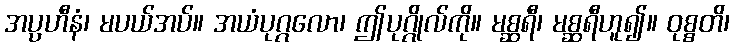
အပ္ပဟီနံ၊ မပယ်အပ်။ အယံပုဂ္ဂလော၊ ဤပုဂ္ဂိုလ်ကို။ မစ္ဆရီ၊ မစ္ဆရီဟူ၍။ ဝုစ္စတိ၊